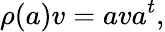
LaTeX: \rho(a)v=ava^{t},